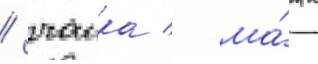
/ чаика / ма́жа